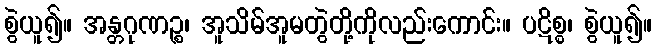
စွဲယူ၍။ အန္တဂုဏဉ္စ၊ အူသိမ်အူမတွဲတို့ကိုလည်းကောင်း။ ပဋိစ္စ၊ စွဲယူ၍။